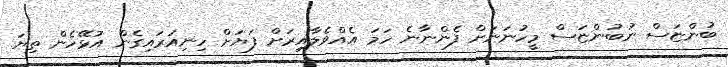
ބުންޏަސް ނުބުންޏަސް މީހުނަނަށް ފެންނާނެ ހަމަ އެއްވެލާއިރަށް ފަޔަށް ހިނިއަރައިގެން އުޅޭހެން ތިޔަ